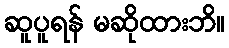
ဆူပူရန် မဆိုထားဘိ။